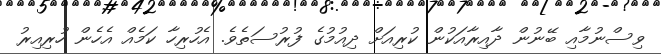
ވިސްނުމާއި ބޭނުން ދާއިރާއަކުން ކުރިއަށް ދިއުމުގެ ފުރުސަތެވެ. އެހުރިހާ ކަމެއް އެހެން ހުރިއިރު